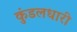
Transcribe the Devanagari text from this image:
कुंडलधारी